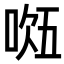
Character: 𭈔